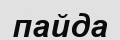
пайда